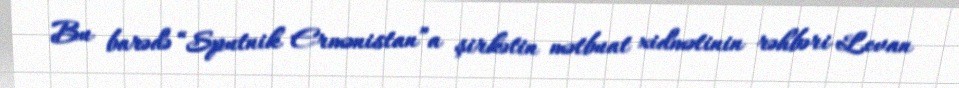
Bu barədə “Sputnik Ermənistan”a şirkətin mətbuat xidmətinin rəhbəri Levan